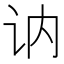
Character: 讷